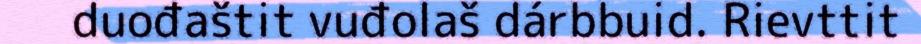
duođaštit vuđolaš dárbbuid. Rievttit